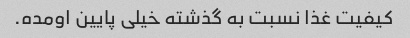
کیفیت غذا نسبت به گذشته خیلی پایین اومده.